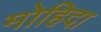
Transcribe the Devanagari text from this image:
मोहिदा